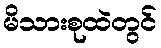
မိသားစုထဲတွင်